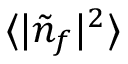
\langle | \tilde { n } _ { f } | ^ { 2 } \rangle